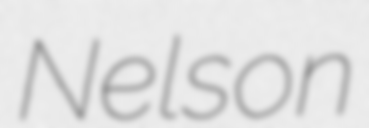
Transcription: Nelson